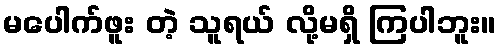
မပေါက်ဖူး တဲ့ သူရယ် လို့မရှိ ကြပါဘူး။